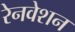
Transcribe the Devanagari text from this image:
रेनवेशन